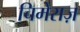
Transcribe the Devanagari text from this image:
चिमेराज़